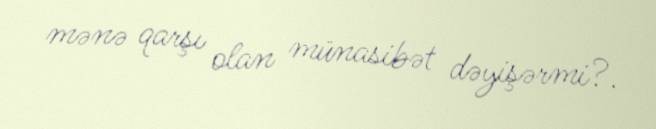
mənə qarşı olan münasibət dəyişərmi?.